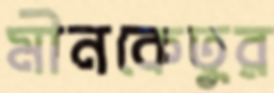
মীনকেতুর